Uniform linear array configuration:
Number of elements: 24
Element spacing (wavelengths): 0.5
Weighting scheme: hamming
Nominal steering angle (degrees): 45
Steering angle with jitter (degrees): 43.844
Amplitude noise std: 0.05
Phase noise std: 0.05

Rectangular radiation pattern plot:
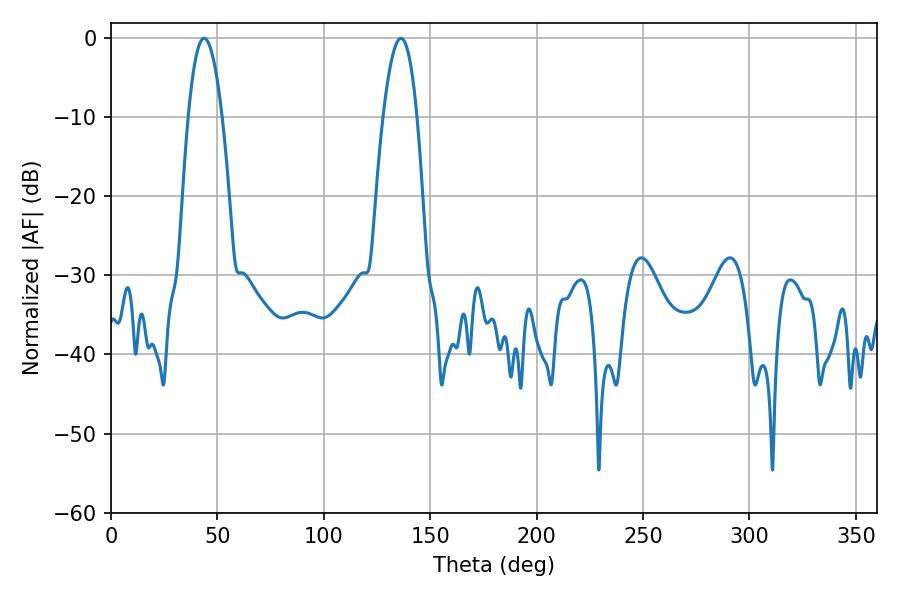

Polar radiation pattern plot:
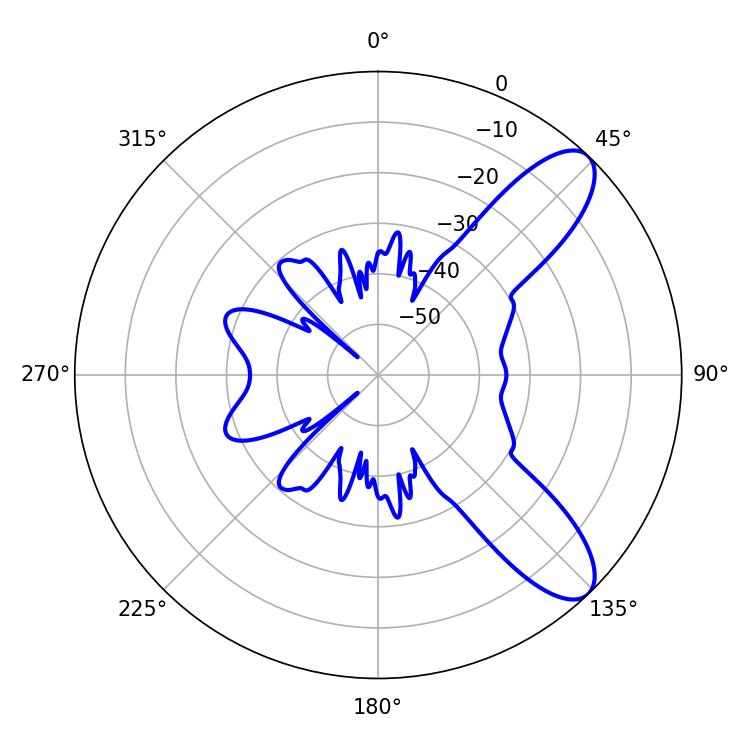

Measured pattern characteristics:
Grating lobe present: FALSE
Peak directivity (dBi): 9.429
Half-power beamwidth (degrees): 8.64
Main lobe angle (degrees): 43.74